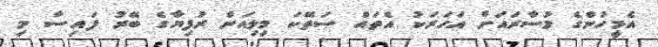
އެމީހުންގެ މުސާރައަށް އަހަރަކު އެތައް ސަތޭކަ މިލިއަން ރުފިޔާގެ ބޭރު ފައިސާ މި